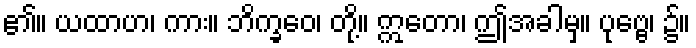
၏။ ယထာဟ၊ ကား။ ဘိက္ခဝေ၊ တို့။ ဣတော၊ ဤအခါမှ။ ပုဗ္ဗေ၊ ၌။